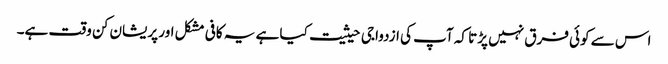
اس سے کوئی فرق نہیں پڑتا کہ آپ کی ازدواجی حیثیت کیا ہے یہ کافی مشکل اور پریشان کن وقت ہے۔